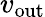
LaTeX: v_{\mathrm{out}}